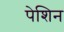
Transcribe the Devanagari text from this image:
पेशिन